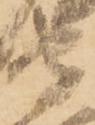
守